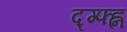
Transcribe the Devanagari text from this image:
द्ग्फ्ह्न